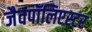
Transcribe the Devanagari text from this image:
जैवपॉलिएस्टर